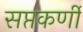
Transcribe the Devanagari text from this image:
सप्तकर्णी